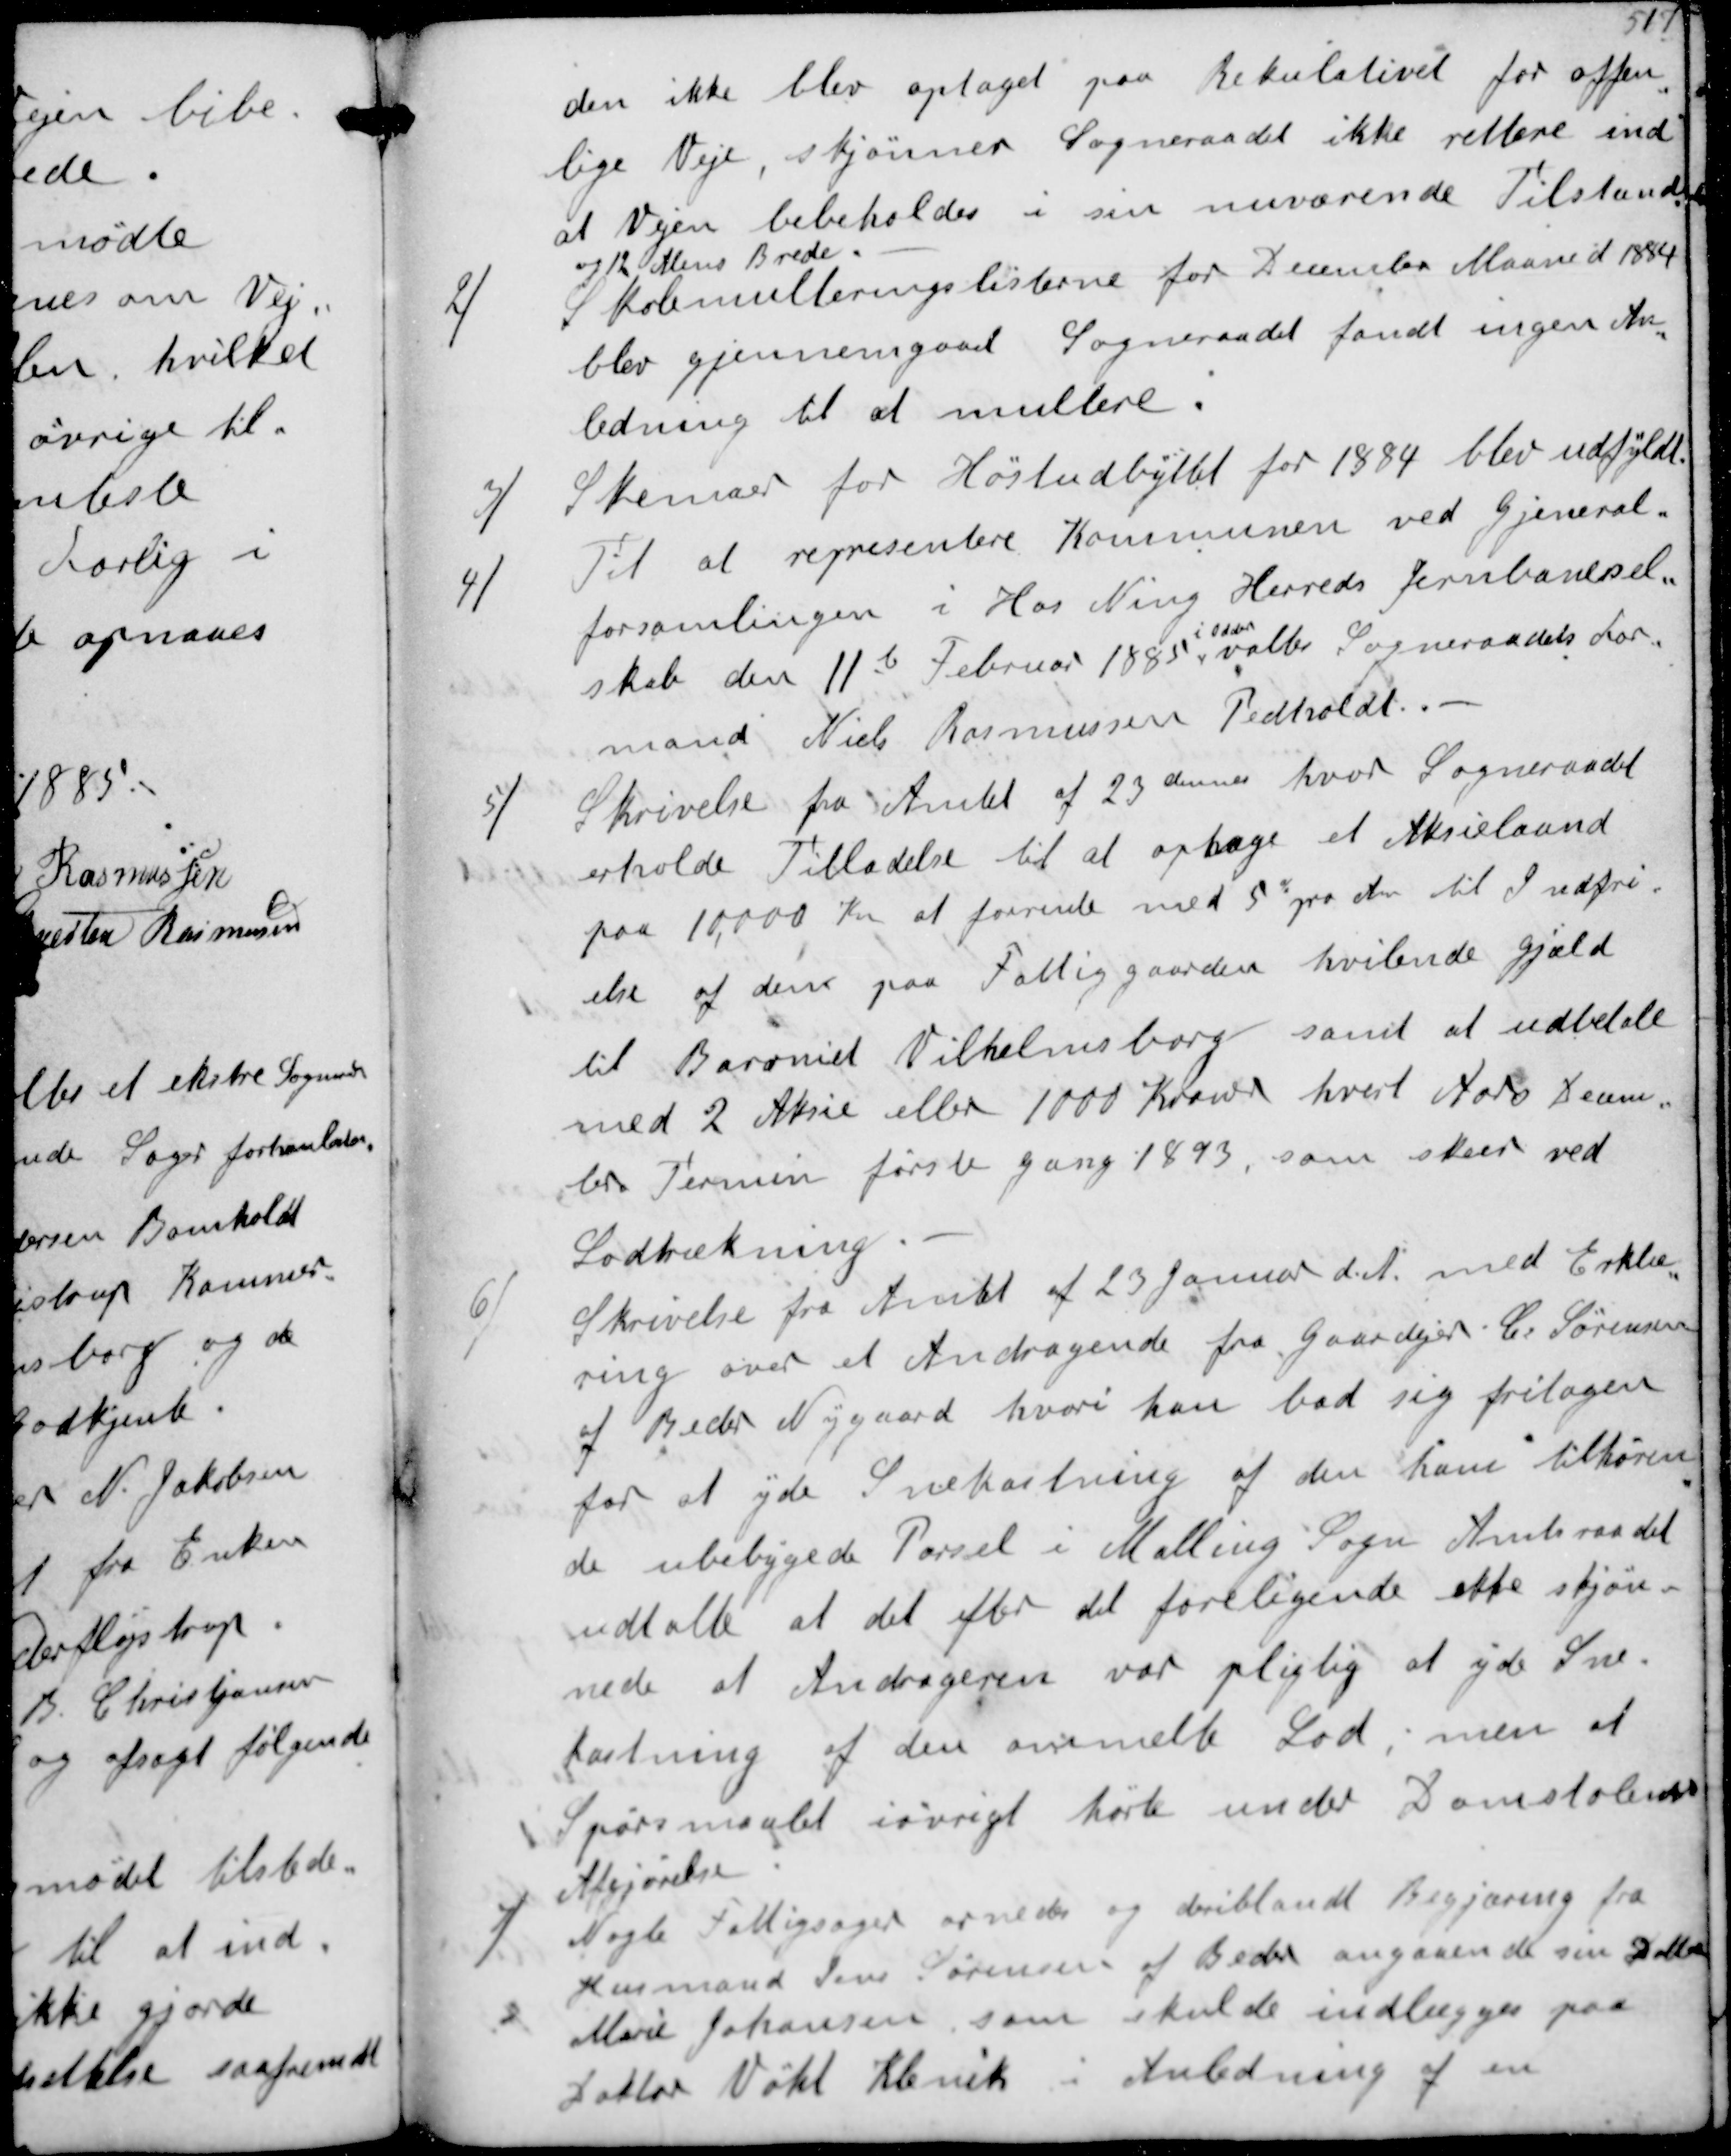
Transskription:
den ikke blev optaget paa Rekulativet for offen-
lige Veje, Skjønner Sogneraadet ikke rettere ind
at Vejen bibeholdes i sin nuværende Tilstand
og 12 Alens Brede
2/
Skolemulteringslisterne for December Maaned 1884
blev gjennemgaaet Sogneraadet fandt ingen An-
ledning til at multere
3/
Skemaer for Høstudbyttet for 1884 blev udfyldt
4/
Til at representere Kommunen ved Gjeneral-
forsamlingen i Has Ning Jernbanesel-
skab den 11te Februar 1885
i Odder
valtes Sogneraadets For-
mand Niels Rasmussen Pedholdt
5/
Skrivelse fra Amtet af 23 dennes hvor Sogneraadet
erholde Tilladelse til at optage et Aktielaand
paa 10,000 Kr at forrente med 5% pr Aar til Indfri-
else af den paa Fattiggaarden hvilende Gjæld
til Baroniet Vilhelmsborg samt at udbetale
med 2 Aktie eller 1000 Kroner hvert Aars Decem
ber Termin første gang 1893, som skeer ved
Lodtrækning
6/
Skrivelse fra Amtet af 23 Januar d A med Erklæ-
ring over et Andragende fra Gaardejer C Sørensen
af Beder Nygaard hvori han bad sig fritagen
for at yde Snekastning af den ham tilhøren-
de ubebyggede Parsel i Malling Sogn. Amtsraadet
udtalte at det efter det foreliggende ikke skjøn-
nede at Andrageren var pligtig at yde Sne-
kastning af den ommeldte Lod, men at
Spørsmaalet iøvrigt hørte under Domstolenes
Afgjørelse
7/
Nogle Fattigsager ornedes og deriblandt Begjæring fra
Husmand Jens Sørensen af Beder angaaende sin Datter
Marie Johansen som skulde indlægges paa
Doktor Vøht Klenik i Anledning af